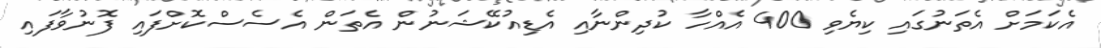
އެކަމަށް އެތަނުގައި ކިޔެވި 400 އެއްހާ ކުދިންނާއި އެޑިއުކޭޝަނުން އެތަން އެސެސްކޮށްފައި ފޮނުވާފައި